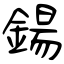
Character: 鍚